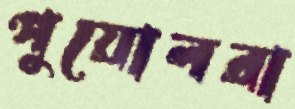
পুয়োলরা